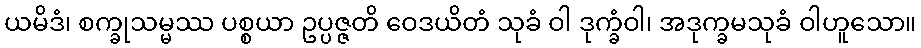
ယမိဒံ၊ စက္ခုသမ္မဿ ပစ္စယာ ဥပ္ပဇ္ဇတိ ဝေဒယိတံ သုခံ ဝါ ဒုက္ခံဝါ၊ အဒုက္ခမသုခံ ဝါဟူသော။